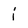
Character: j